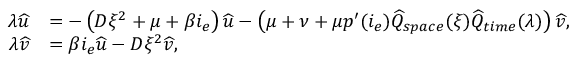
\begin{array} { r l } { \lambda \widehat { u } } & { = - \left( D \xi ^ { 2 } + \mu + \beta i _ { e } \right) \widehat { u } - \left( \mu + \nu + \mu p ^ { \prime } ( i _ { e } ) \widehat { Q } _ { s p a c e } ( \xi ) \widehat { Q } _ { t i m e } ( \lambda ) \right) \widehat { v } , } \\ { \lambda \widehat { v } } & { = \beta i _ { e } \widehat { u } - D \xi ^ { 2 } \widehat { v } , } \end{array}